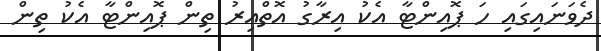
ދެވަނައިގައި ހަ ޕޮއިންޓާ އެކު އިރާގު އޮތްއިރު ތިން ޕޮއިންޓާ އެކު ތިން